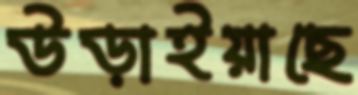
উড়াইয়াছে